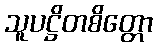
သူပဋ္ဌိတစိတ္တော